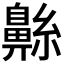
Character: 𮮷